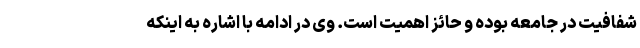
شفافیت در جامعه بوده و حائز اهمیت است. وی در ادامه با اشاره به اینکه